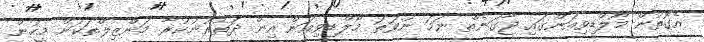
އެގޮތުން މޯލްޑިވިއަންގައި ޖާގަނެތް ނަމަ ނުވަތަ މޯލްޑިވިއަން އިން ދަތުރުނުކުރާ މަންޒިލްތަކަށް މީހުން